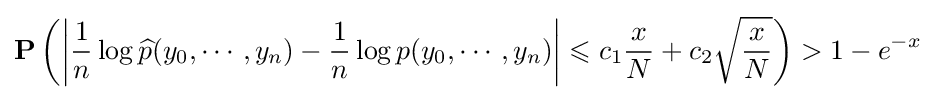
\mathbf {P} \left(\left\vert {\frac {1}{n}}\log {{\widehat {p}}(y_{0},\cdots ,y_{n})}-{\frac {1}{n}}\log {p(y_{0},\cdots ,y_{n})}\right\vert \leqslant c_{1}{\frac {x}{N}}+c_{2}{\sqrt {\frac {x}{N}}}\right)>1-e^{-x}